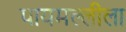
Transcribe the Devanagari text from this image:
पायमल्लीला